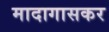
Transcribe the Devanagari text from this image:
मादागासकर